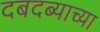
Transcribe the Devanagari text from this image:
दबदब्याच्या